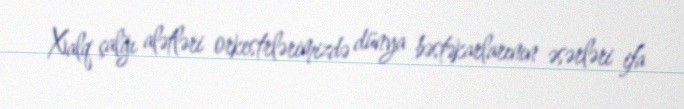
Xalq çalğı alətləri orkestrlərimizdə dünya bəstəkarlarının əsərləri ifa